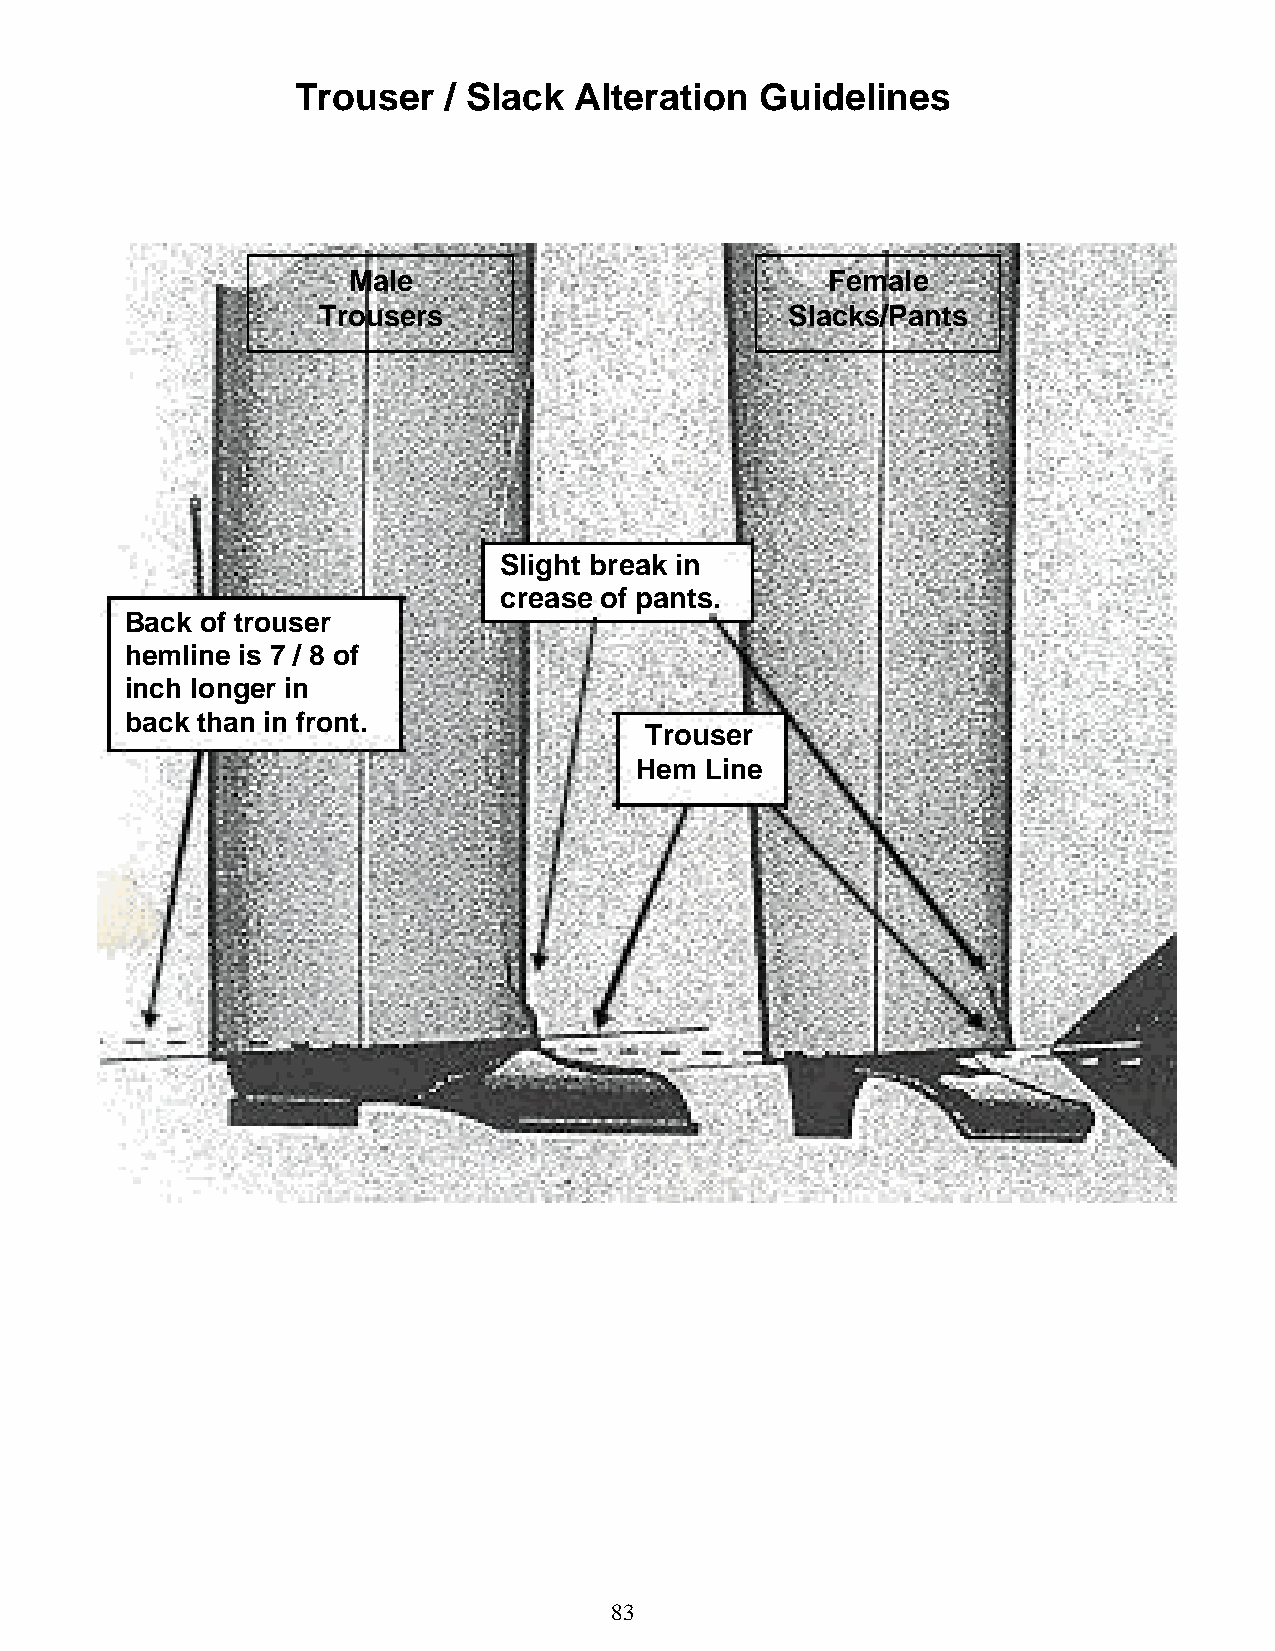
Trouser  / Slack  Alteration  Guidelines
 Male                            Female
 Trousers                       Slacks/Pants
 Slight break in
 crease of pants.
 Back of trouser
 hemline is 7 / 8 of
 inch longer in
 back than in front.
 Trouser
 Hem  Line
 83